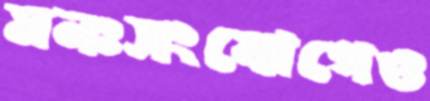
মনঃসংযোগেও